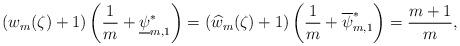
LaTeX: \begin{align*} (w_{m}(\zeta)+1)\left(\frac{1}{m}+\underline{\psi}_{m,1}^{\ast}\right)=(\widehat{w}_{m}(\zeta)+1)\left(\frac{1}{m}+\overline{\psi}_{m,1}^{\ast}\right)=\frac{m+1}{m},\end{align*}